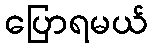
ပြောရမယ်